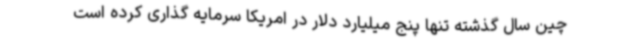
چین سال گذشته تنها پنج میلیارد دلار در امریکا سرمایه گذاری کرده است